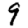
Digit: 9